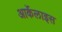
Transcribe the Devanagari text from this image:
आर्केलाइस